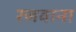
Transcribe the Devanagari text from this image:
रजवाना